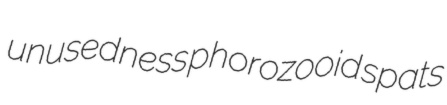
unusedness phorozooid spats